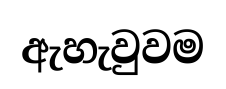
ඇහැවුවම